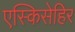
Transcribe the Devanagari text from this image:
एस्किसेहिर